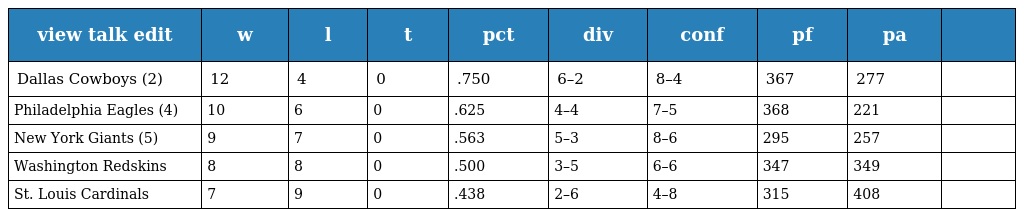
| view talk edit | w | l | t | pct | div | conf | pf | pa |  |
 | --- | --- | --- | --- | --- | --- | --- | --- | --- | --- |
 | Dallas Cowboys (2) | 12 | 4 | 0 | .750 | 6–2 | 8–4 | 367 | 277 |  |
 | Philadelphia Eagles (4) | 10 | 6 | 0 | .625 | 4–4 | 7–5 | 368 | 221 |  |
 | New York Giants (5) | 9 | 7 | 0 | .563 | 5–3 | 8–6 | 295 | 257 |  |
 | Washington Redskins | 8 | 8 | 0 | .500 | 3–5 | 6–6 | 347 | 349 |  |
 | St. Louis Cardinals | 7 | 9 | 0 | .438 | 2–6 | 4–8 | 315 | 408 |  |